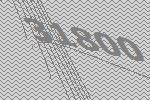
31800